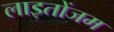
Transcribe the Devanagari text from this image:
लाइतोंजम